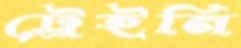
ট্রেইনি